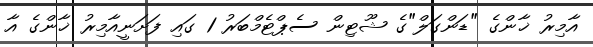
އާމިރު ޚާންގެ "ޑަންގަލް"ގެ ޝޫޓިން ސެޕްޓެމްބަރު 1 ގައި ފަށަނީއާމިރު ޚާންގެ އާ